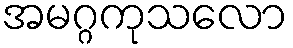
အမဂ္ဂကုသလော